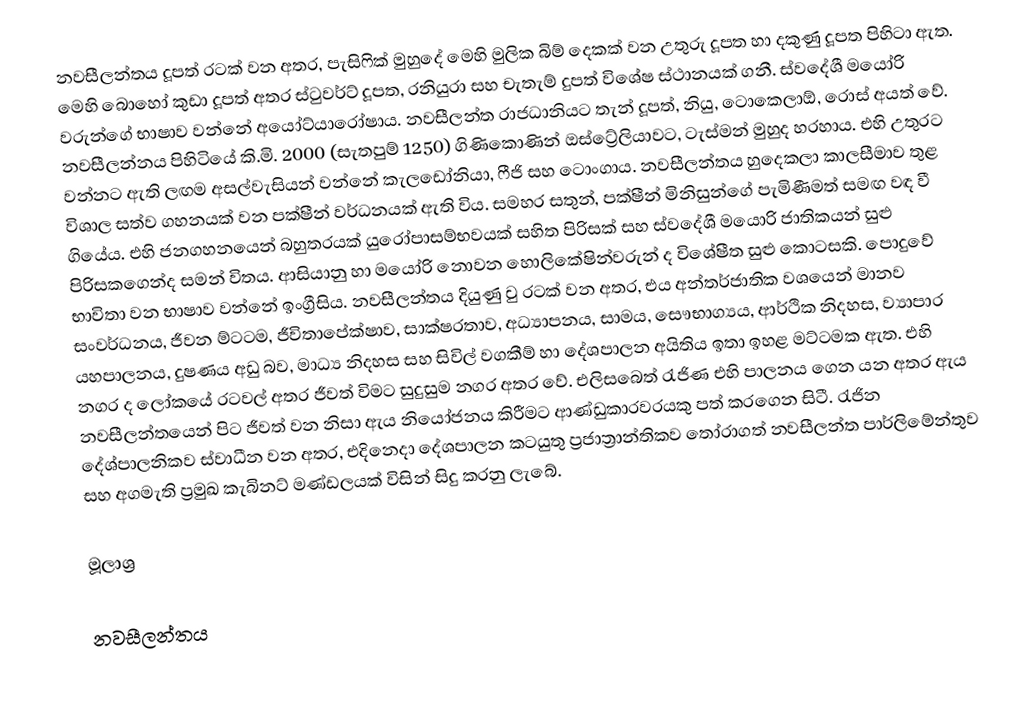
නවසීලන්තය දූපත් රටක් වන අතර, පැසිෆික් මුහුදේ මෙහි මුලික බිම් දෙකක් වන උතුරු දූපත හා දකුණු දූපත පිහිටා ඇත. මෙහි බොහෝ කුඩා දූපත් අතර ස්ටුවර්ට් දූපත, රනියුරා සහ චැතැම් දුපත් විශේෂ ස්ථානයක් ගනී. ස්වදේශී මයෝරි වරුන්ගේ භාෂාව වන්නේ අයෝට්යාරෝෂාය. නවසීලන්ත රාජධානියට තැන් දූපත්, නියු, ටොකෙලාඕ, රොස් අයත් වේ. නවසීලන්නය පිහිටියේ කි.මි. 2000 (සැතපුම් 1250) ගිණිකොණින් ඔස්ට්‍රේලියාවට, ටැස්මන් මුහුද හරහාය. එහි උතුරට වන්නට ඇති ලඟම අසල්වැසියන් වන්නේ කැලඩෝනියා, ෆීජි සහ ටොංගාය. නවසීලන්තය හුදෙකලා කාලසීමාව තුළ විශාල සත්ව ගහනයක් වන පක්ෂීන් වර්ධනයක් ඇති විය. සමහර සතුන්, පක්ෂීන් මිනිසුන්ගේ පැමිණීමත් සමඟ වඳ වී ගියේය. එහි ජනගහනයෙන් බහුතරයක් යුරෝපාසම්භවයක් සහිත පිරිසක් සහ ස්වදේශී මයොරි ජාතිකයන් සුළු පිරිසකගෙන්ද සමන් විතය. ආසියානු හා මයෝරි නොවන හොලිකේෂින්වරුන් ද විශේෂීත සුළු කොටසකි. පොදුවේ භාවිතා වන භාෂාව වන්නේ ඉංග්‍රීසිය. නවසීලන්තය දියුණු වු රටක් වන අතර, එය අන්තර්ජාතික වශයෙන් මානව සංවර්ධනය, ජීවන ම්ටටම, ජීවිතාපේක්ෂාව, සාක්ෂරතාව, අධ්‍යාපනය, සාමය, සෞභාග්‍යය, ආර්ථික නිදහස, ව්‍යාපාර යහපාලනය, දුෂණය අඩු බව, මාධ්‍ය නිදහස සහ සිවිල් වගකීම් හා දේශපාලන අයිතිය ඉතා ඉහළ මට්ටමක ඇත. එහි නගර ද ලෝකයේ රටවල් අතර ජීවත් විමට සුදුසුම නගර අතර වේ. එලිසබෙත් රැජිණ එහි පාලනය ගෙන යන අතර ඇය නවසීලන්තයෙන් පිට ජීවත් වන නිසා ඇය නියෝජනය කිරීමට ආණ්ඩුකාරවරයකු පත් කරගෙන සිටී. රැජින දේශ්පාලනිකව ස්වාධීන වන අතර, එදිනෙදා දේශපාලන කටයුතු ප්‍රජාත්‍රාන්තිකව තෝරාගත් නවසීලන්ත පාර්ලිමේන්තුව සහ අගමැති ප්‍රමුඛ කැබිනට් මණ්ඩලයක් විසින් සිදු කරනු ලැබේ.

මූලාශ්‍ර

නවසීලන්තය